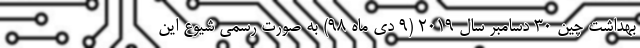
بهداشت چین ۳۰ دسامبر سال ۲۰۱۹ (۹ دی ماه ۹۸) به صورت رسمی شیوع این